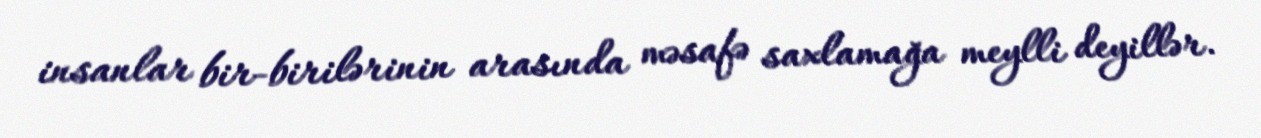
insanlar bir-birilərinin arasında məsafə saxlamağa meylli deyillər.